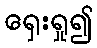
ရှေးရှု၍